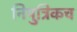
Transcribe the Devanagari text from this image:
निपुत्रिकच